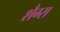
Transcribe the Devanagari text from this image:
शैग्स